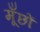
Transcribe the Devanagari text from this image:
मूँछों